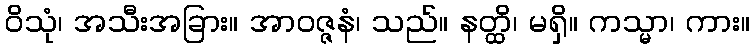
ဝိသုံ၊ အသီးအခြား။ အာဝဇ္ဇနံ၊ သည်။ နတ္ထိ၊ မရှိ။ ကသ္မာ၊ ကား။